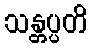
သန္တပ္ပတိ